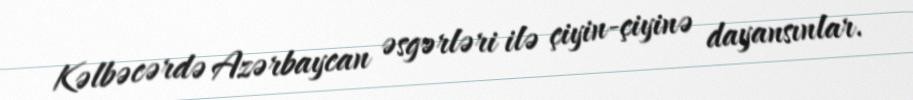
Kəlbəcərdə Azərbaycan əsgərləri ilə çiyin-çiyinə dayansınlar.